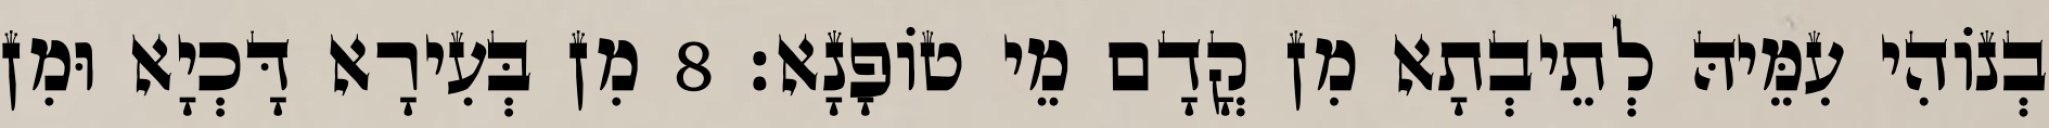
בְנוֹהִי עִמֵּיהּ לְתֵיבְתָא מִן קֳדָם מֵי טוֹפָנָא׃ 8 מִן בְּעִירָא דָּכְיָא וּמִן